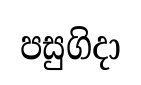
පසුගිදා